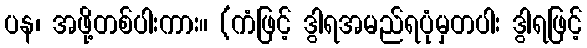
ပန၊ အဖို့တစ်ပါးကား။ (ကံဖြင့် ဒွါရအမည်ရပုံမှတပါး ဒွါရဖြင့်